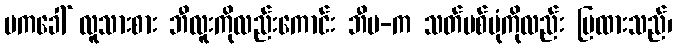
ဗကခေါ် လူသားစား ဘီလူးကိုလည်းကောင်း ဘီမ-က သတ်ပစ်ပုံကိုလည်း ပြထားသည်၊